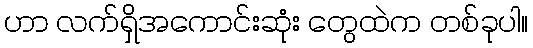
ဟာ လက်ရှိအကောင်းဆုံး တွေထဲက တစ်ခုပါ။